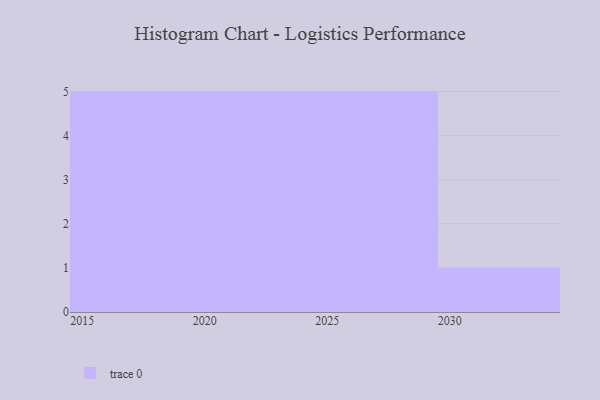
{"axis": {"x": "Year", "y": "Churn Rate (%)"}, "legend": [""], "data": [{"x": "2020", "y": 91, "type": ""}, {"x": "2024", "y": 56, "type": ""}, {"x": "2017", "y": 77, "type": ""}, {"x": "2028", "y": 28, "type": ""}, {"x": "2015", "y": 52, "type": ""}, {"x": "2022", "y": 20, "type": ""}, {"x": "2023", "y": 1, "type": ""}, {"x": "2026", "y": 20, "type": ""}, {"x": "2027", "y": 2, "type": ""}, {"x": "2019", "y": 26, "type": ""}, {"x": "2018", "y": 14, "type": ""}, {"x": "2016", "y": 56, "type": ""}, {"x": "2030", "y": 22, "type": ""}, {"x": "2025", "y": 92, "type": ""}, {"x": "2021", "y": 82, "type": ""}, {"x": "2029", "y": 11, "type": ""}]}